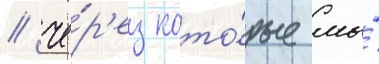
/ че́р'ез кото́рые мы́